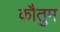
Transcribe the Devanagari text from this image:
कौतुम